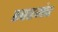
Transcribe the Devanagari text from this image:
स्वरमंच